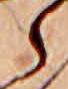
ら